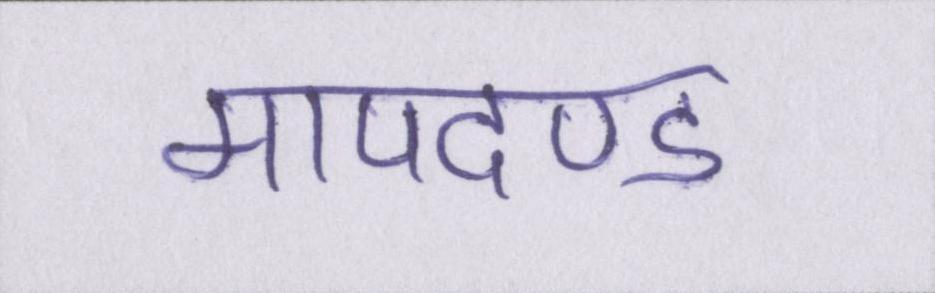
मापदण्ड